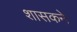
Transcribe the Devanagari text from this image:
शासकने